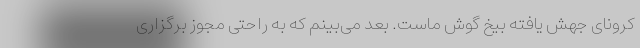
کرونای جهش یافته بیخ گوش ماست. بعد می‌بینم که به راحتی مجوز برگزاری